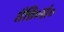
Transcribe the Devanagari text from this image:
तैत्ति०सं०